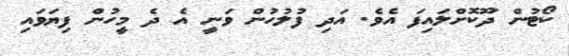
ކޯޓުން ދޫކޮށްލައިފަ އެވެ. އަދި ފުލުހުން ވަނީ އެ ދެ މީހުން ފިޔަވައި